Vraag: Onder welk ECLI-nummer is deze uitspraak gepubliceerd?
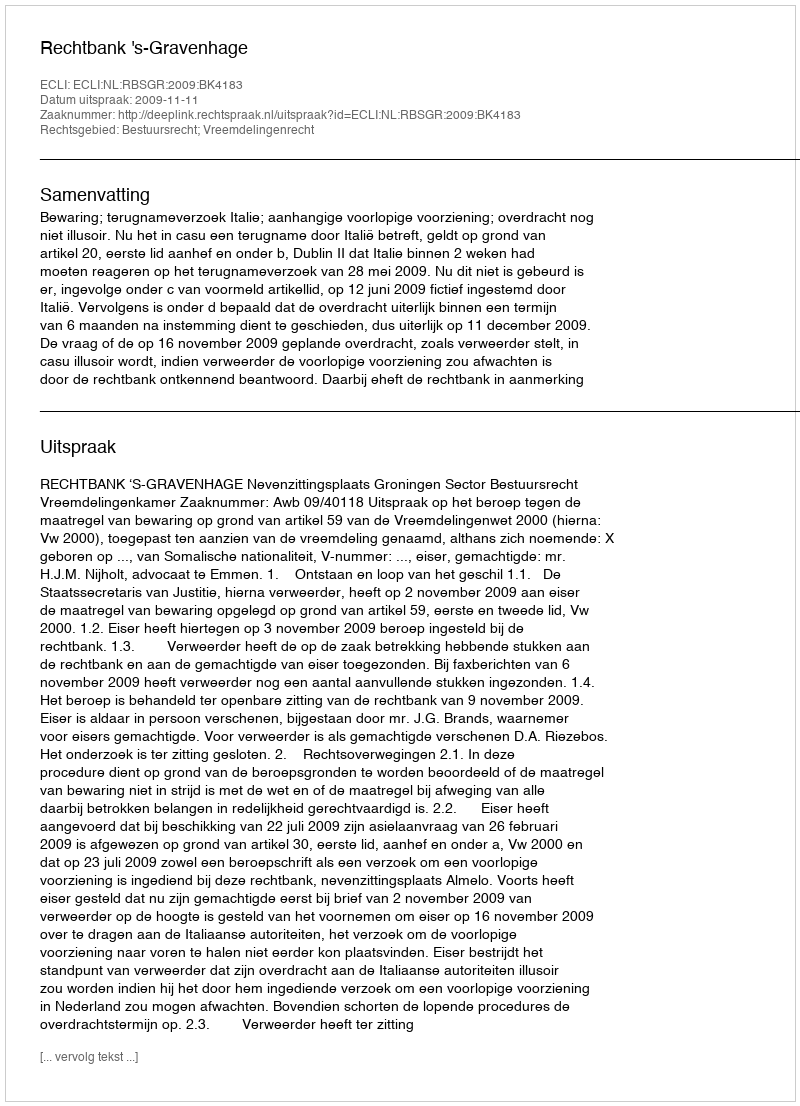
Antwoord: ECLI:NL:RBSGR:2009:BK4183